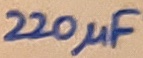
Text: 220µF